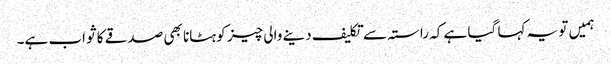
ہمیں تو یہ کہا گیا ہے کہ راستہ سے تکلیف دینے والی چیز کو ہٹانا بھی صدقے کا ثواب ہے۔